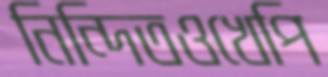
নিন্দিতওখেপি